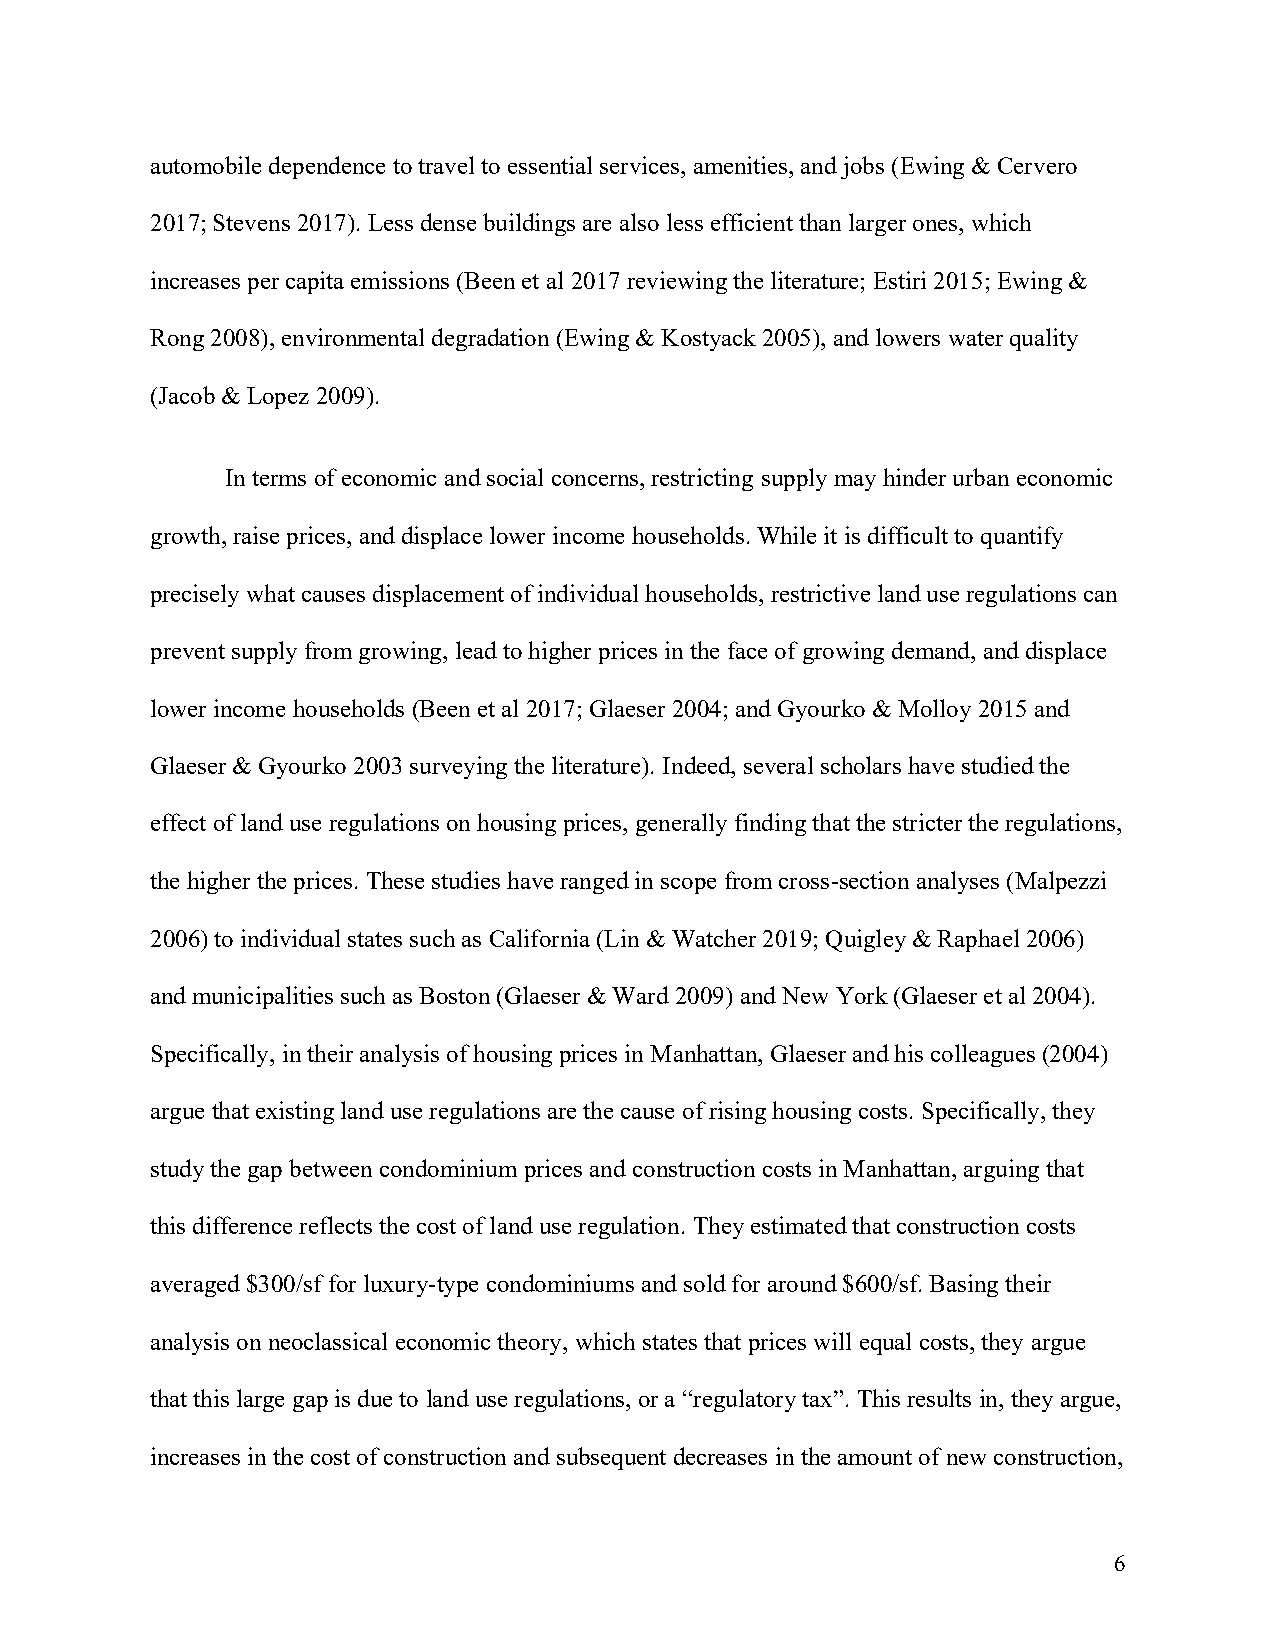
automobile dependence to travel to essential services, amenities, and jobs (Ewing & Cervero
 2017; Stevens 2017). Less dense buildings are also less efficient than larger ones, which
 increases per capita emissions (Been et al 2017 reviewing the literature; Estiri 2015; Ewing &
 Rong 2008), environmental degradation (Ewing & Kostyack 2005), and lowers water quality
 (Jacob & Lopez 2009).
 In terms of economic and social concerns, restricting supply may hinder urban economic
 growth, raise prices, and displace lower income households. While it is difficult to quantify
 precisely what causes displacement of individual households, restrictive land use regulations can
 prevent supply from growing, lead to higher prices in the face of growing demand, and displace
 lower income households (Been et al 2017; Glaeser 2004; and Gyourko & Molloy 2015 and
 Glaeser & Gyourko 2003 surveying the literature). Indeed, several scholars have studied the
 effect of land use regulations on housing prices, generally finding that the stricter the regulations,
 the higher the prices. These studies have ranged in scope from cross-section analyses (Malpezzi
 2006) to individual states such as California (Lin & Watcher 2019; Quigley & Raphael 2006)
 and municipalities such as Boston (Glaeser & Ward 2009) and New York (Glaeser et al 2004).
 Specifically, in their analysis of housing prices in Manhattan, Glaeser and his colleagues (2004)
 argue that existing land use regulations are the cause of rising housing costs. Specifically, they
 study the gap between condominium prices and construction costs in Manhattan, arguing that
 this difference reflects the cost of land use regulation. They estimated that construction costs
 averaged $300/sf for luxury-type condominiums and sold for around $600/sf. Basing their
 analysis on neoclassical economic theory, which states that prices will equal costs, they argue
 that this large gap is due to land use regulations, or a “regulatory tax”. This results in, they argue,
 increases in the cost of construction and subsequent decreases in the amount of new construction,
 6